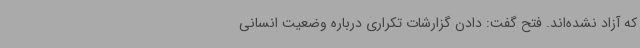
که آزاد نشده‌اند. فتح گفت: دادن گزارشات تکراری درباره وضعیت انسانی